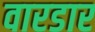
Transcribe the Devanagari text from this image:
वारडार